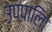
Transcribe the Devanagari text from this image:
उपपालि